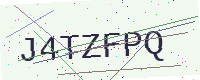
Text: J4TZFPQ